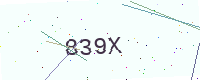
Text: 839X